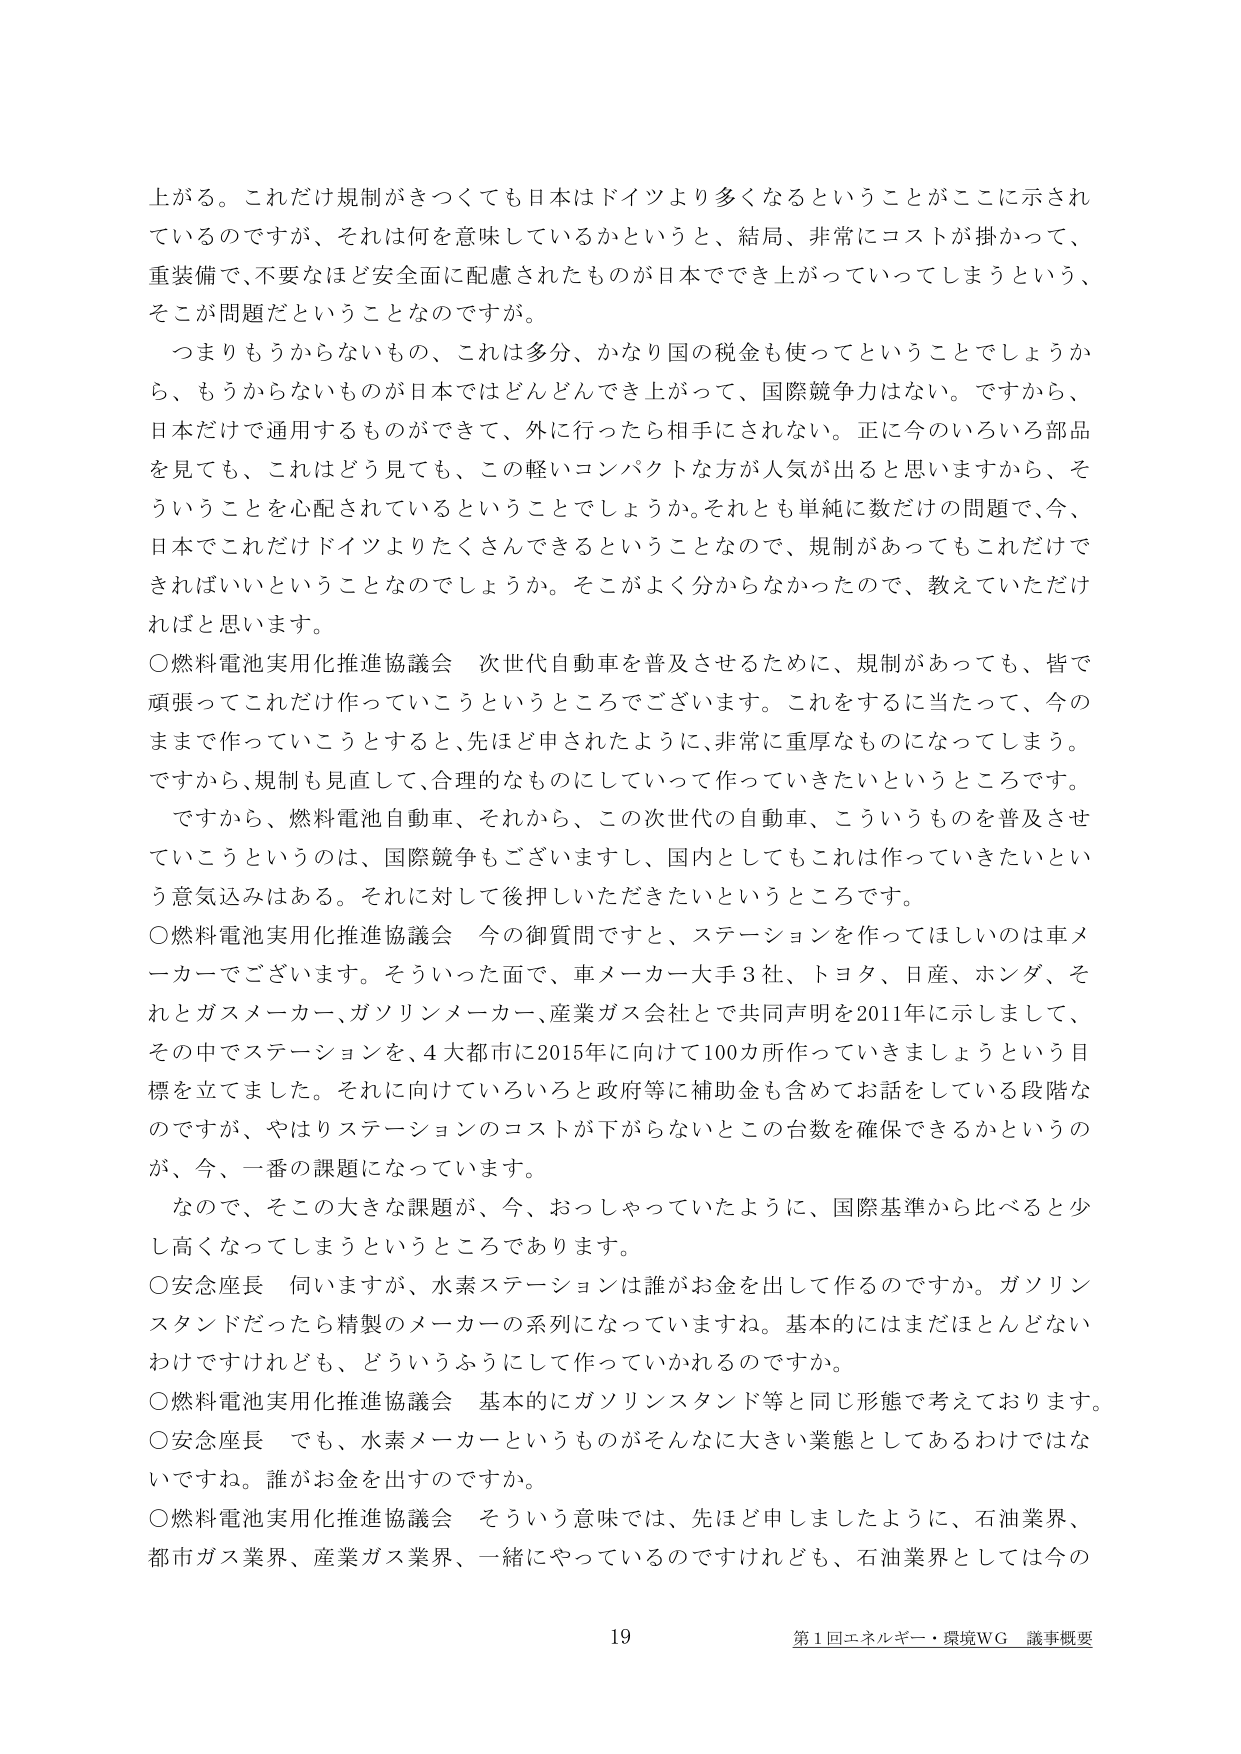
上がる。これだけ規制がきつくても数日本はドイツより多くなるということがここに示されているのですが、それは何を意味しているかというと、結局、非常にコストが掛かって、重装備で、不要なほど安全面に配慮されたものが日本ででき上がってしまうという、そこが問題だということなのです。

つまりもうからないもの、これは多分、かなり国の税金も使ってということでしょうか、もうからないものが日本ではどんどんでき上がって、国際競争力はない。ですから、日本だけで通用するものができて、外に行ったら相手にされない。正に今のいろいろ部品を見ても、これはどう見ても、この軽いコンパクトな方が人気が出ると思いますから、そういうことを心配されているということでしょうか。それとも単純に数だけの問題で、今、日本でこれだけドイツよりたくさんできるということなので、規制があってもこれだけでいればいいということなのでしょうか。そこがよく分からなかったので、教えていただければと思います。

○燃料電池実用化推進協議会　次世代自動車を普及させるために、規制があっても、皆で頑張ってこれだけ作っていこうというところでございます。これをすると当たって、今のままで作っていこうとすると、先ほど申されたように、非常に重厚なものになってしまう。ですから、規制も見直して、合理的なものにしていって作っていきたいというところです。

ですから、燃料電池自動車、それから、この次世代の自動車、こういうものを普及させていこうというのは、国際競争もございますし、国内としてもこれは作っていきたいという意気込みはある。それに対して後押しいただきたいというところです。

○燃料電池実用化推進協議会　今の御質問ですと、ステーションを作ってほしいのは車メーカーでございます。そういった面で、車メーカー大手3社、トヨタ、日産、ホンダ、それとガスメーカー、ガソリンメーカー、産業ガス会社とで共同声明を2011年に示しまして、その中でステーションを、4大都市に2015年に向けて100カ所作っていきましょうという目標を立てました。それに向けていろいろと政府等に補助金も含めてお話をしている段階なのですが、やはりステーションのコストが下がらないとこの台数を確保できるかというのが、今、一番の課題になっています。

なので、そこの大きな課題が、今、おっしゃっていたように、国際基準から比べると少し高くなってしまうというところであります。

○安念座長　伺いますが、水素ステーションは誰がお金を出して作るのですか。ガソリンスタンドだったら精製のメーカーの系列になっていますね。基本的にはまだほとんどないわけですがけれども、どういうふうにして作っていかれるのですか。

○燃料電池実用化推進協議会　基本的にガソリンスタンド等と同じ形態で考えております。

○安念座長　でも、水素メーカーというものがそんなに大きい業態としてあるわけではありませんね。誰がお金を出すのですか。

○燃料電池実用化推進協議会　そういう意味では、先ほど申しましたように、石油業界、都市ガス業界、産業ガス業界、一緒にやっているのですけれども、石油業界としては今の

19
第1回エネルギー・環境WG 議事概要